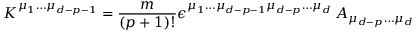
K ^ { \mu _ { 1 } \dots \mu _ { d - p - 1 } } = { \frac { m } { ( p + 1 ) ! } } \epsilon ^ { \mu _ { 1 } \dots \mu _ { d - p - 1 } \mu _ { d - p } \dots \mu _ { d } } \, A _ { \mu _ { d - p } \dots \mu _ { d } }